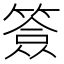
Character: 𥱣